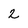
Character: 2